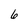
Character: 6